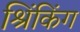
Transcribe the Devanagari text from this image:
श्रिंकिंग